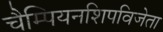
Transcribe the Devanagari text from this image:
चैम्पियनशिपविजेता